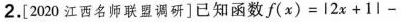
2.[2020江西名师联盟调研]已知函数$$f (